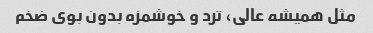
مثل همیشه عالی، ترد و خوشمزه بدون بوی ضخم